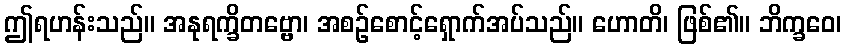
ဤရဟန်းသည်။ အနုရက္ခိတဗ္ဗော၊ အစဉ်စောင့်ရှောက်အပ်သည်။ ဟောတိ၊ ဖြစ်၏။ ဘိက္ခဝေ၊